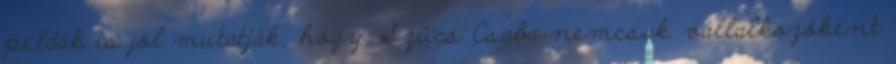
példák is jól mutatják, hogy Szûcs Csaba nemcsak vállalkozóként